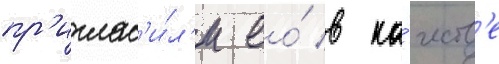
пр'иглас'и́л'и ео́ в ка́честв'е